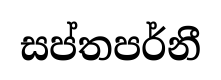
සප්තපර්නී